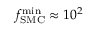
f _ { \mathrm { S M C } } ^ { \mathrm { m i n } } \approx 1 0 ^ { 2 }